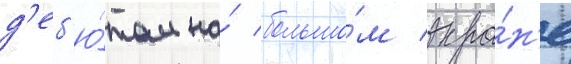
д'еб'ю́том на́ большо́м экра́н'е